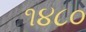
૧૪૮૦